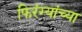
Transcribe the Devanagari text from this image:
फिरंग्यांच्या